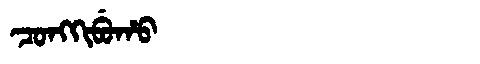
Manchu: ᠴᠣᠩᡴᡳᠪᡠᡥᠣ
Romanization: CONGKIBUHO